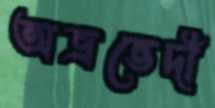
অভ্রভেদী